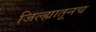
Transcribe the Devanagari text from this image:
जिल्ह्यातूनच